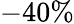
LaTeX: -40\%